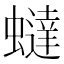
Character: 蟽